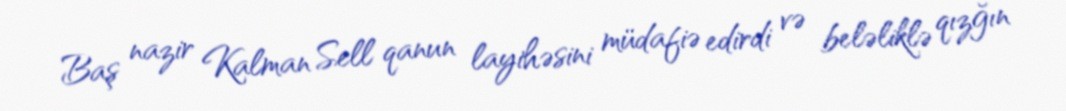
Baş nazir Kalman Sell qanun layihəsini müdafiə edirdi və beləliklə qızğın